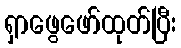
ရှာဖွေဖော်ထုတ်ပြီး